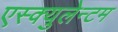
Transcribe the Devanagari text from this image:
एस्क्युलेन्टम